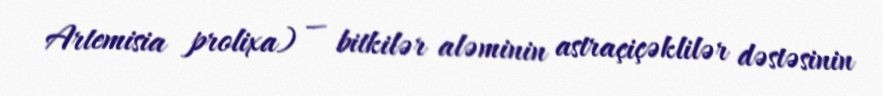
Artemisia prolixa) — bitkilər aləminin astraçiçəklilər dəstəsinin